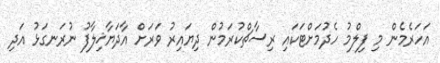
އަހަރެމެން މި ފިލްމު ހެދުމަށްޓަކައި ރިސާޗްކުރަމުން ދިޔައިރު ވަރަށް އާދަޔާޚިލާފު ނުރަނގަޅު އަދި